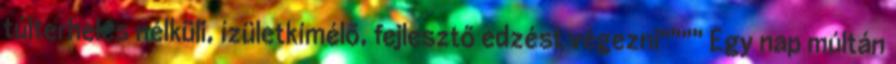
túlterhelés nélküli, ízületkímélő, fejlesztő edzést végezni"""" Egy nap múltán